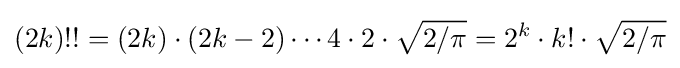
(2k)!!=(2k)\cdot (2k-2)\dotsm 4\cdot 2\cdot {\sqrt {2/\pi }}=2^{k}\cdot k!\cdot {\sqrt {2/\pi }}